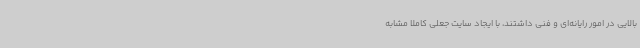
بالایی در امور رایانه‌ای و فنی داشتند، با ایجاد سایت جعلی کاملا مشابه